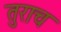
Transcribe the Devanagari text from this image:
तुराच